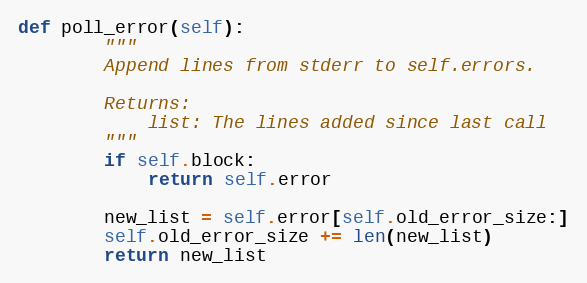
Language: Python
def poll_error(self):
        """
        Append lines from stderr to self.errors.

        Returns:
            list: The lines added since last call
        """
        if self.block:
            return self.error

        new_list = self.error[self.old_error_size:]
        self.old_error_size += len(new_list)
        return new_list